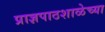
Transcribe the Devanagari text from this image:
प्राज्ञपाठशाळेच्या